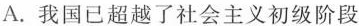
A.我国已超越了社会主义初级阶段